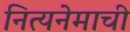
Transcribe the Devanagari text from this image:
नित्यनेमाची